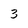
Character: 3